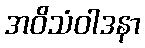
အဝိသံဝါဒနာ